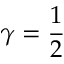
\gamma = \frac 1 2